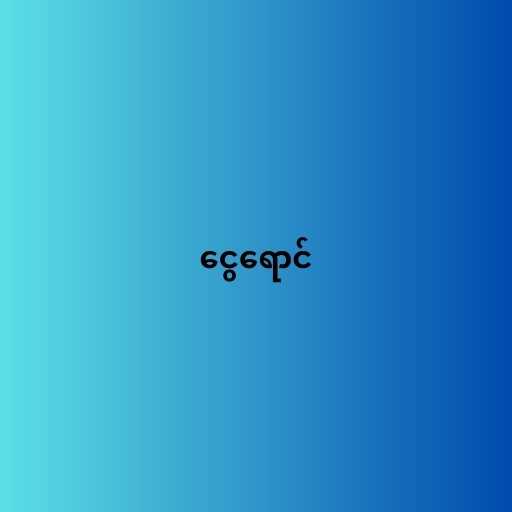
ငွေရောင်